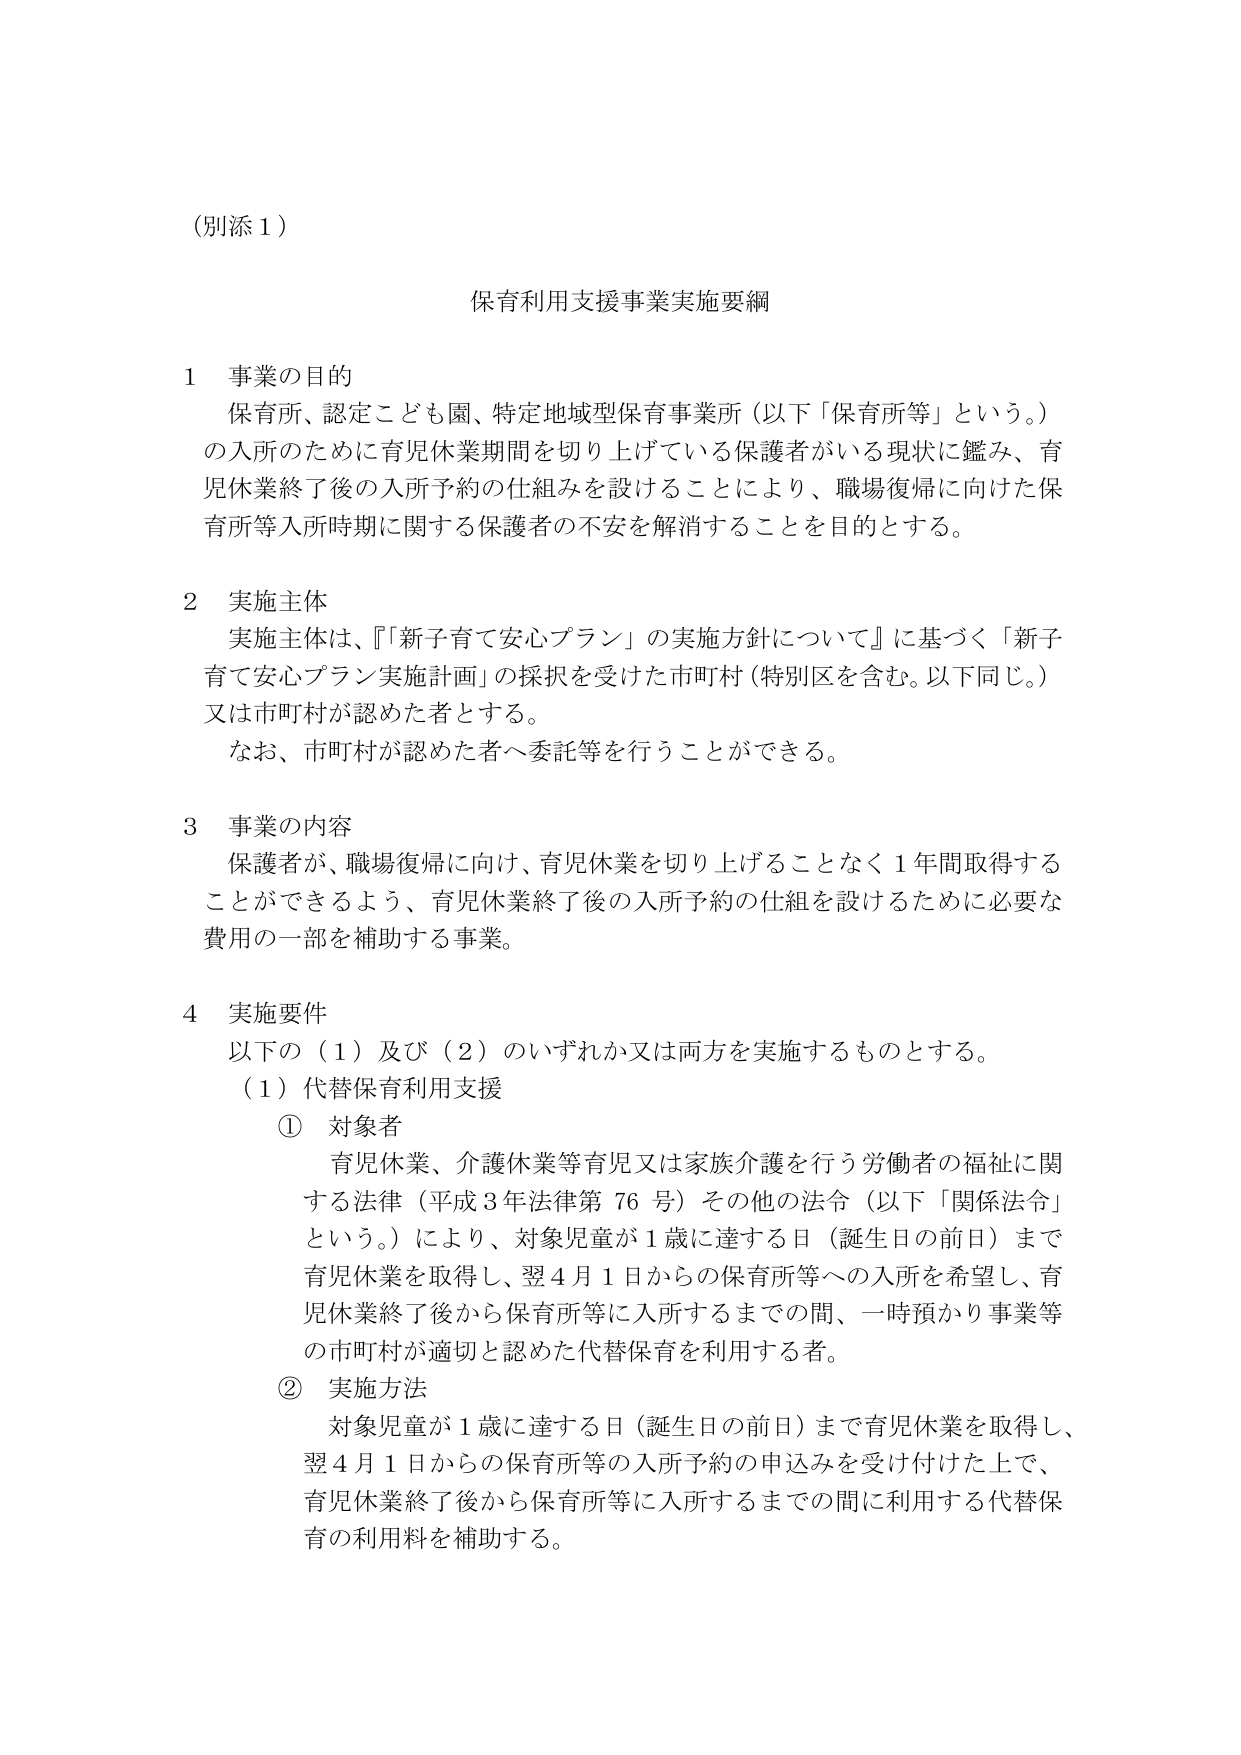
（別添１）

保育利用支援事業実施要綱

１ 事業の目的
保育所、認定こども園、特定地域型保育事業所（以下「保育所等」という。）
の入所のために育児休業期間を切り上げている保護者がいる現状に鑑み、育
児休業終了後の入所予約の仕組みを設けることにより、職場復帰に向けた保
育所等入所時期に関する保護者の不安を解消することを目的とする。

２ 実施主体
実施主体は、『「新子育て安心プラン」の実施方針について』に基づく「新子
育て安心プラン実施計画」の採択を受けた市町村（特別区を含む。以下同じ。）
又は市町村が認めた者とする。
なお、市町村が認めた者へ委託等を行うことができる。

３ 事業の内容
保護者が、職場復帰に向け、育児休業を切り上げることなく１年間取得する
ことができるよう、育児休業終了後の入所予約の仕組を設けるために必要な
費用の一部を補助する事業。

４ 実施要件
以下の（１）及び（２）のいずれか又は両方を実施するものとする。
（１）代替保育利用支援
　① 対象者
　　育児休業、介護休業等育児又は家族介護を行う労働者の福祉に関
　　する法律（平成３年法律第７６号）その他の法令（以下「関係法令」
　　という。）により、対象児童が１歳に達する日（誕生日の前日）まで
　　育児休業を取得し、翌４月１日からの保育所等への入所を希望し、育
　　児休業終了後から保育所等に入所するまでの間、一時預かり事業等
　　の市町村が適切と認めた代替保育を利用する者。
　② 実施方法
　　対象児童が１歳に達する日（誕生日の前日）まで育児休業を取得し、
　　翌４月１日からの保育所等の入所予約の申込みを受け付けた上で、
　　育児休業終了後から保育所等に入所するまでの間に利用する代替保
　　育の利用料を補助する。